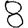
Digit: 8